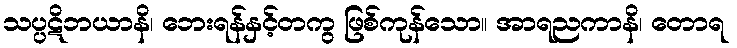
သပ္ပဋိဘယာနိ၊ ဘေးရန်နှင့်တကွ ဖြစ်ကုန်သော။ အာရညကာနိ၊ တောရ